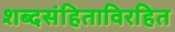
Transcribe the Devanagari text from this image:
शब्दसंहिताविरहित